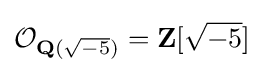
{\mathcal {O}}_{\mathbf {Q} ({\sqrt {-5}})}=\mathbf {Z} [{\sqrt {-5}}]